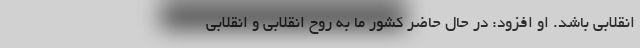
انقلابی باشد. او افزود: در حال حاضر کشور ما به روح انقلابی و انقلابی